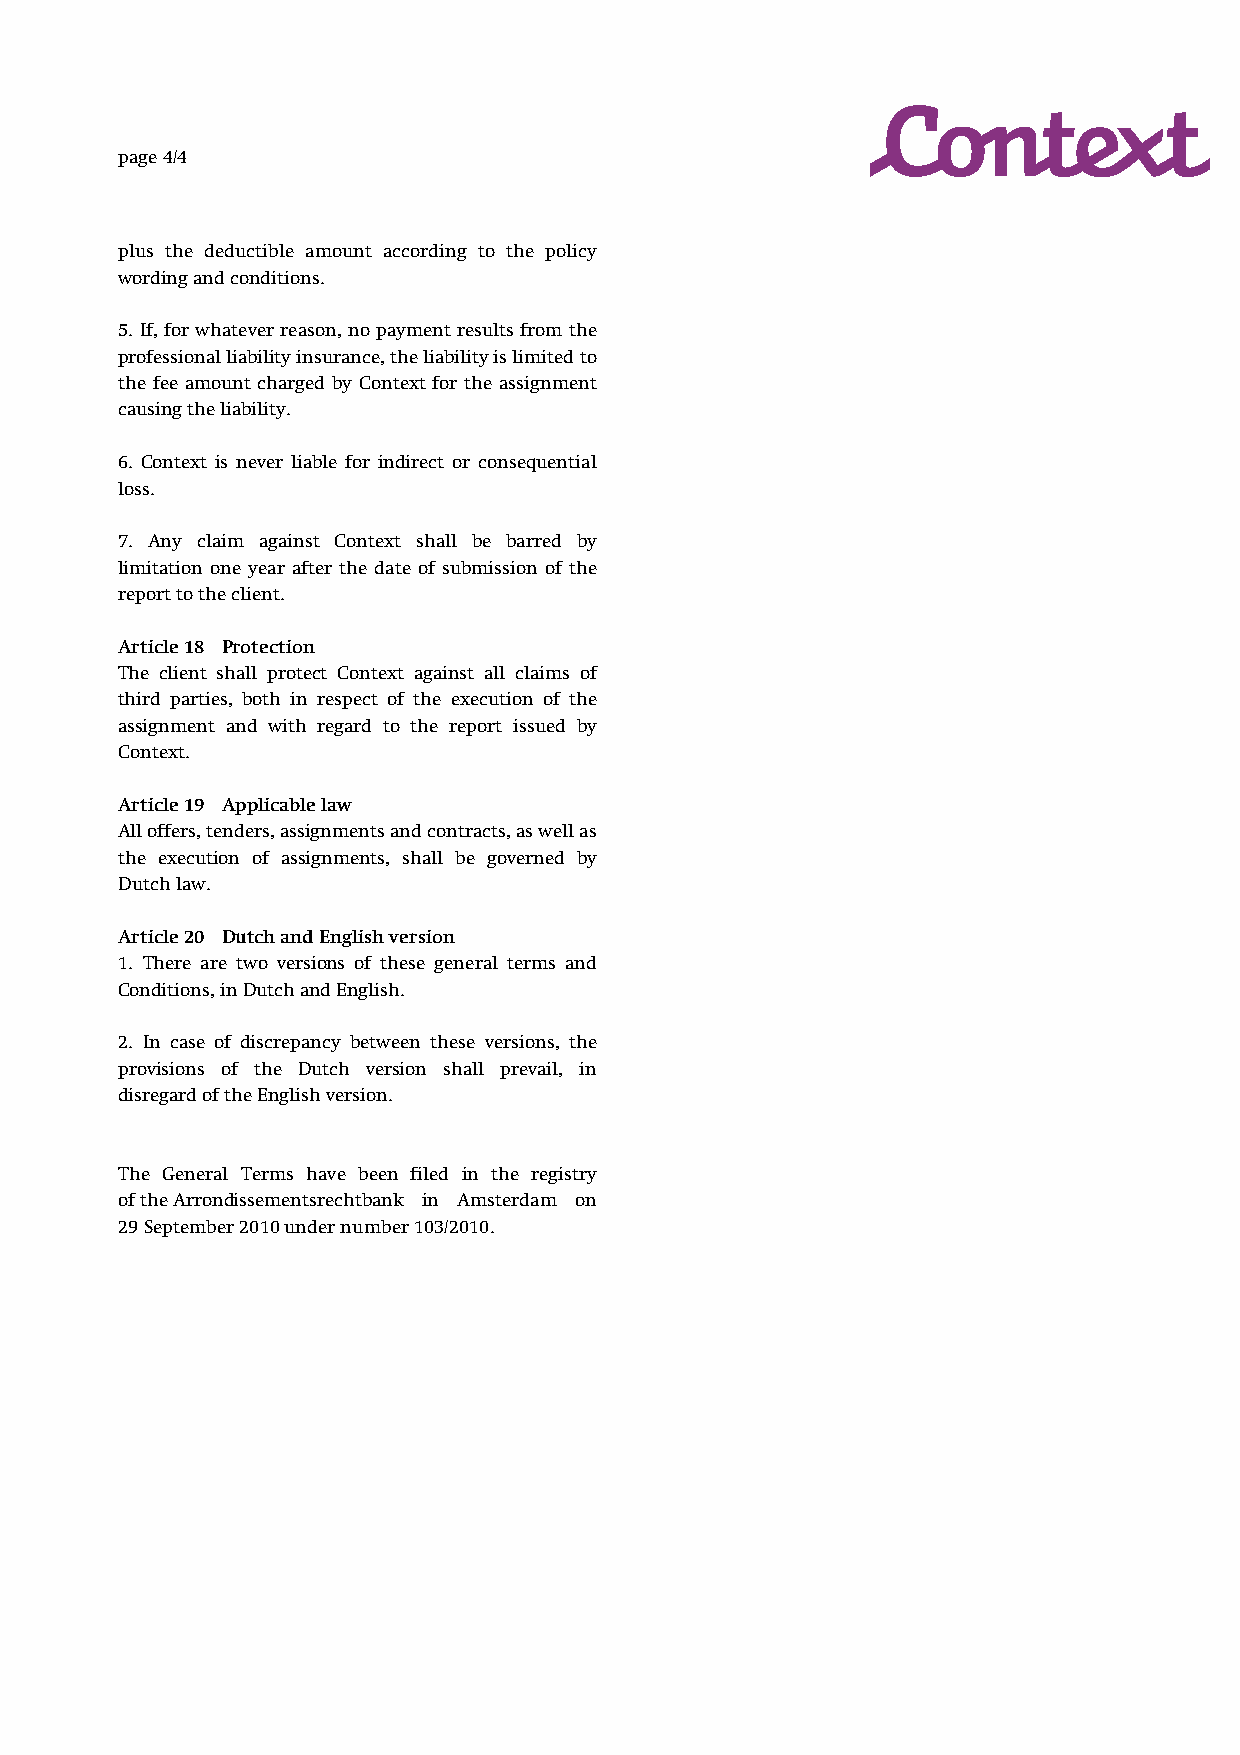
page 4/4
 plus the deductible amount according to the policy
 wording and conditions.
 5. If, for whatever reason, no payment results from the
 professional liability insurance, the liability is limited to
 the fee amount charged by Context for the assignment
 causing the liability.
 6. Context is never liable for indirect or consequential
 loss.
 7. Any claim against Context shall be barred by
 limitation one year after the date of submission of the
 report to the client.
 Article 18 Protection
 The client shall protect Context against all claims of
 third parties, both in respect of the execution of the
 assignment and with regard to the report issued by
 Context.
 Article 19 Applicable law
 All offers, tenders, assignments and contracts, as well as
 the execution of assignments, shall be governed by
 Dutch law.
 Article 20 Dutch and English version
 1. There are two versions of these general terms and
 Conditions, in Dutch and English.
 2. In case of discrepancy between these versions, the
 provisions of the Dutch version shall prevail, in
 disregard of the English version.
 The General Terms have been filed in the registry
 of the Arrondissementsrechtbank in Amsterdam on
 29 September 2010 under number 103/2010.